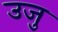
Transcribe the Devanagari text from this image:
उजु